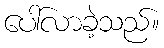
ပေါ်လာခဲ့သည်။